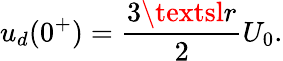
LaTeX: u_{d}(0^{+})=\frac{3\textsl{r}}{2}U_{0}.